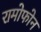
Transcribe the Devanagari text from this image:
रामोफोन